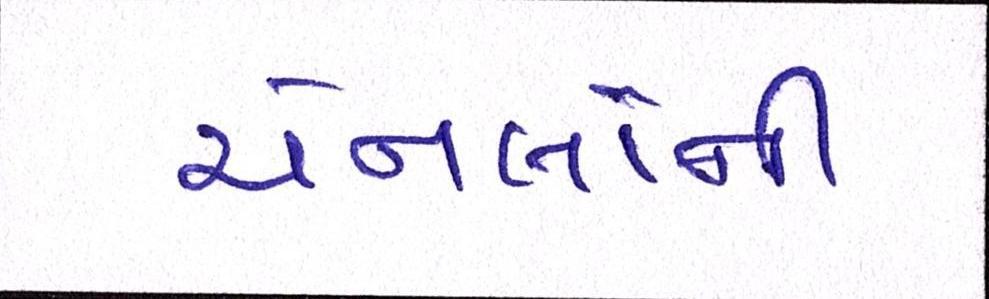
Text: ચેનલોની